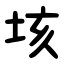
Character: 垓